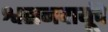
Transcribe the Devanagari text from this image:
श्वसनवायूंचे